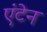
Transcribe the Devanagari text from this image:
एंटेन